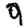
Digit: 9